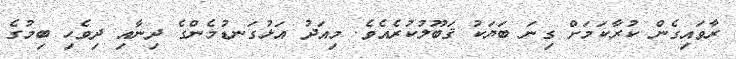
ރާވައިގެން ކުރާކަމަށް ގިނަ ބަޔަކު ޤަބޫލުކުރެއެވެ. މިއަދު އަޅުގަނޑުމެންގެ ދިނާއި ދިވެހި ބިމުގެ